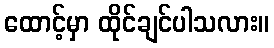
ထောင့်မှာ ထိုင်ချင်ပါသလား။